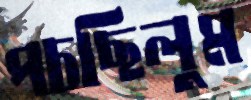
পচছিলুম